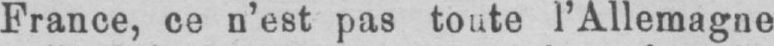
France, ce n’est pas toute l’Allemagne